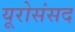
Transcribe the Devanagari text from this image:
यूरोसंसद